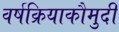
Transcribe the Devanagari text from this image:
वर्षक्रियाकौमुदी